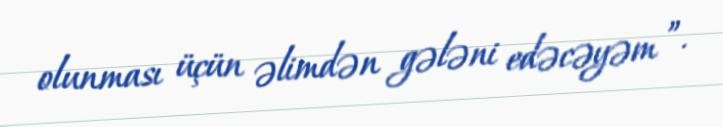
olunması üçün əlimdən gələni edəcəyəm ”.